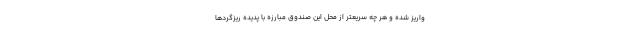
واریز شده و هر چه سریعتر از محل این صندوق مبارزه با پدیده ریزگردها